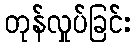
တုန်လှုပ်ခြင်း